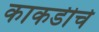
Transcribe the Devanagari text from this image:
काकडीचे